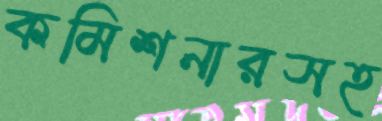
কমিশনারসহ